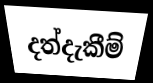
දත්දැකීම්